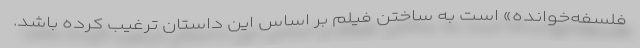
فلسفه‌خوانده» است به ساختن فیلم بر اساس این داستان ترغیب کرده باشد.